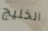
الخليج